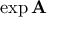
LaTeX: \exp { \mathbf { A } }